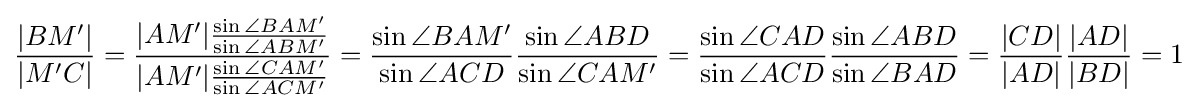
{\frac {|BM'|}{|M'C|}}={\frac {|AM'|{\frac {\sin \angle {BAM'}}{\sin \angle {ABM'}}}}{|AM'|{\frac {\sin \angle {CAM'}}{\sin \angle {ACM'}}}}}={\frac {\sin \angle {BAM'}}{\sin \angle {ACD}}}{\frac {\sin \angle {ABD}}{\sin \angle {CAM'}}}={\frac {\sin \angle {CAD}}{\sin \angle {ACD}}}{\frac {\sin \angle {ABD}}{\sin \angle {BAD}}}={\frac {|CD|}{|AD|}}{\frac {|AD|}{|BD|}}=1